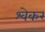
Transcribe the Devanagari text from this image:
श्वेकर